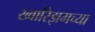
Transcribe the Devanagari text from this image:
ख्वारिझमच्या